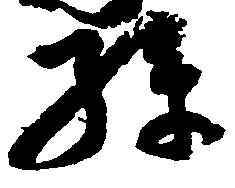
孫